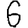
Digit: 6